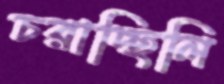
চরাচ্ছিলি